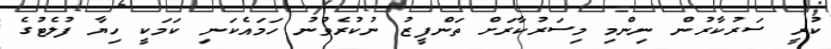
ކުރީ ސަރުކާރުން ނިންމި މިސަރުކާރަށް ތަންފީޒު ނުކުރެވުނު ހަމައެކަނި ކަމަކީ ހިޔާ ފުލެޓުގެ